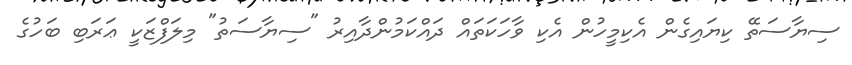
ސިޔާސަތޭ ކިޔައިގެން އެކިމީހުން އެކި ވާހަކަތައް ދައްކަމުންދާއިރު "ސިޔާސަތު" މިލަފްޒަކީ ޢަރަބި ބަހުގެ